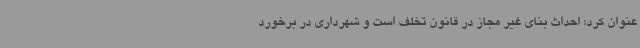
عنوان کرد: احداث بنای غیر مجاز در قانون تخلف است و شهرداری در برخورد